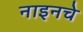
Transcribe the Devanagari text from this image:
नाइनचे